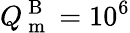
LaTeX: Q_{\mathrm{~m~}}^{\mathrm{~B~}}=10^{6}